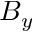
B _ { y }